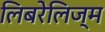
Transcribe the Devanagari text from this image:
लिबरेलिज्म